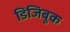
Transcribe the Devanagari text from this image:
डिजिबूक